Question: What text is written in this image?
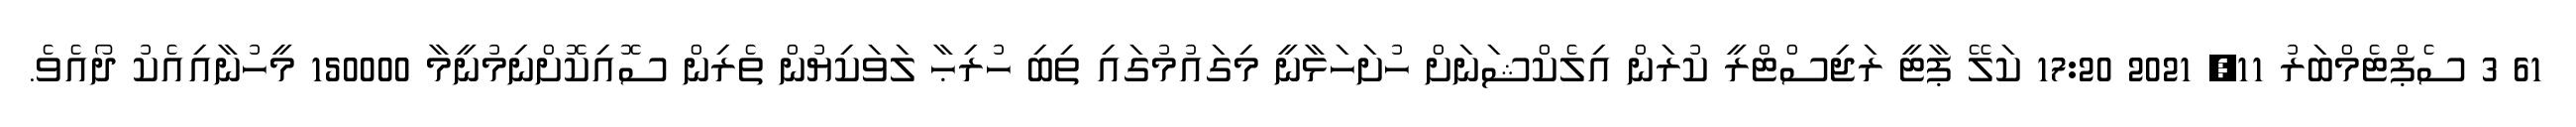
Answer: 61 3 ސެޕްޓެމްބަރު 11, 2021 17:20 ކަލޭ ޕާޓީ ރަޖިސްޓްރީ ކުރަން އިލެކްޝަނަށް ހުށަހަޅާނީ މިގައުމުގައި ތިބި ހުރިޙާ ލަވަކިޔުން ތެރިން ސޮއިކޮށްނިމުނީމާ 150000 މީހުނާއިއެކު ދޯއެވެ.